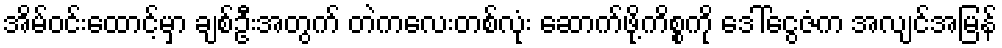
အိမ်ဝင်းထောင့်မှာ ချစ်ဦးအတွက် တဲကလေးတစ်လုံး ဆောက်ဖို့ကိစ္စကို ဒေါ်ငွေဇံက အလျင်အမြန်